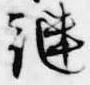
継